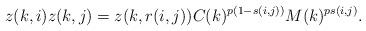
LaTeX: \begin{align*} z(k,i)z(k,j)=z(k,r(i,j))C(k)^{p(1-s(i,j))}M(k)^{ps(i,j)}.\end{align*}